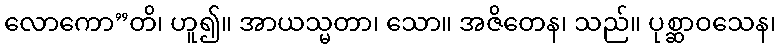
လောကော”တိ၊ ဟူ၍။ အာယသ္မတာ၊ သော။ အဇိတေန၊ သည်။ ပုစ္ဆာဝသေန၊